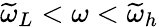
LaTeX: \widetilde{\omega}_{L}<\omega<\widetilde{\omega}_{h}